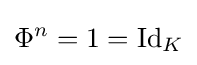
\Phi ^{n}=1=\mathrm {Id} _{K}